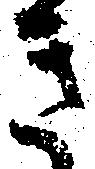
き